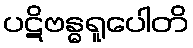
ပဋိဗန္ဓရူပေါတိ